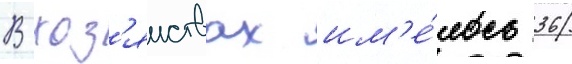
В хоз'яиствах им'е́лось 36